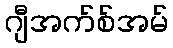
ဂျီအက်စ်အမ်